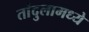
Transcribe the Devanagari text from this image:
तांदुलामध्ये